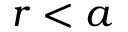
r < a